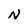
Character: N